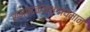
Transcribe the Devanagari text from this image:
रामपदकंजभृंगायमान